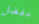
مفضل